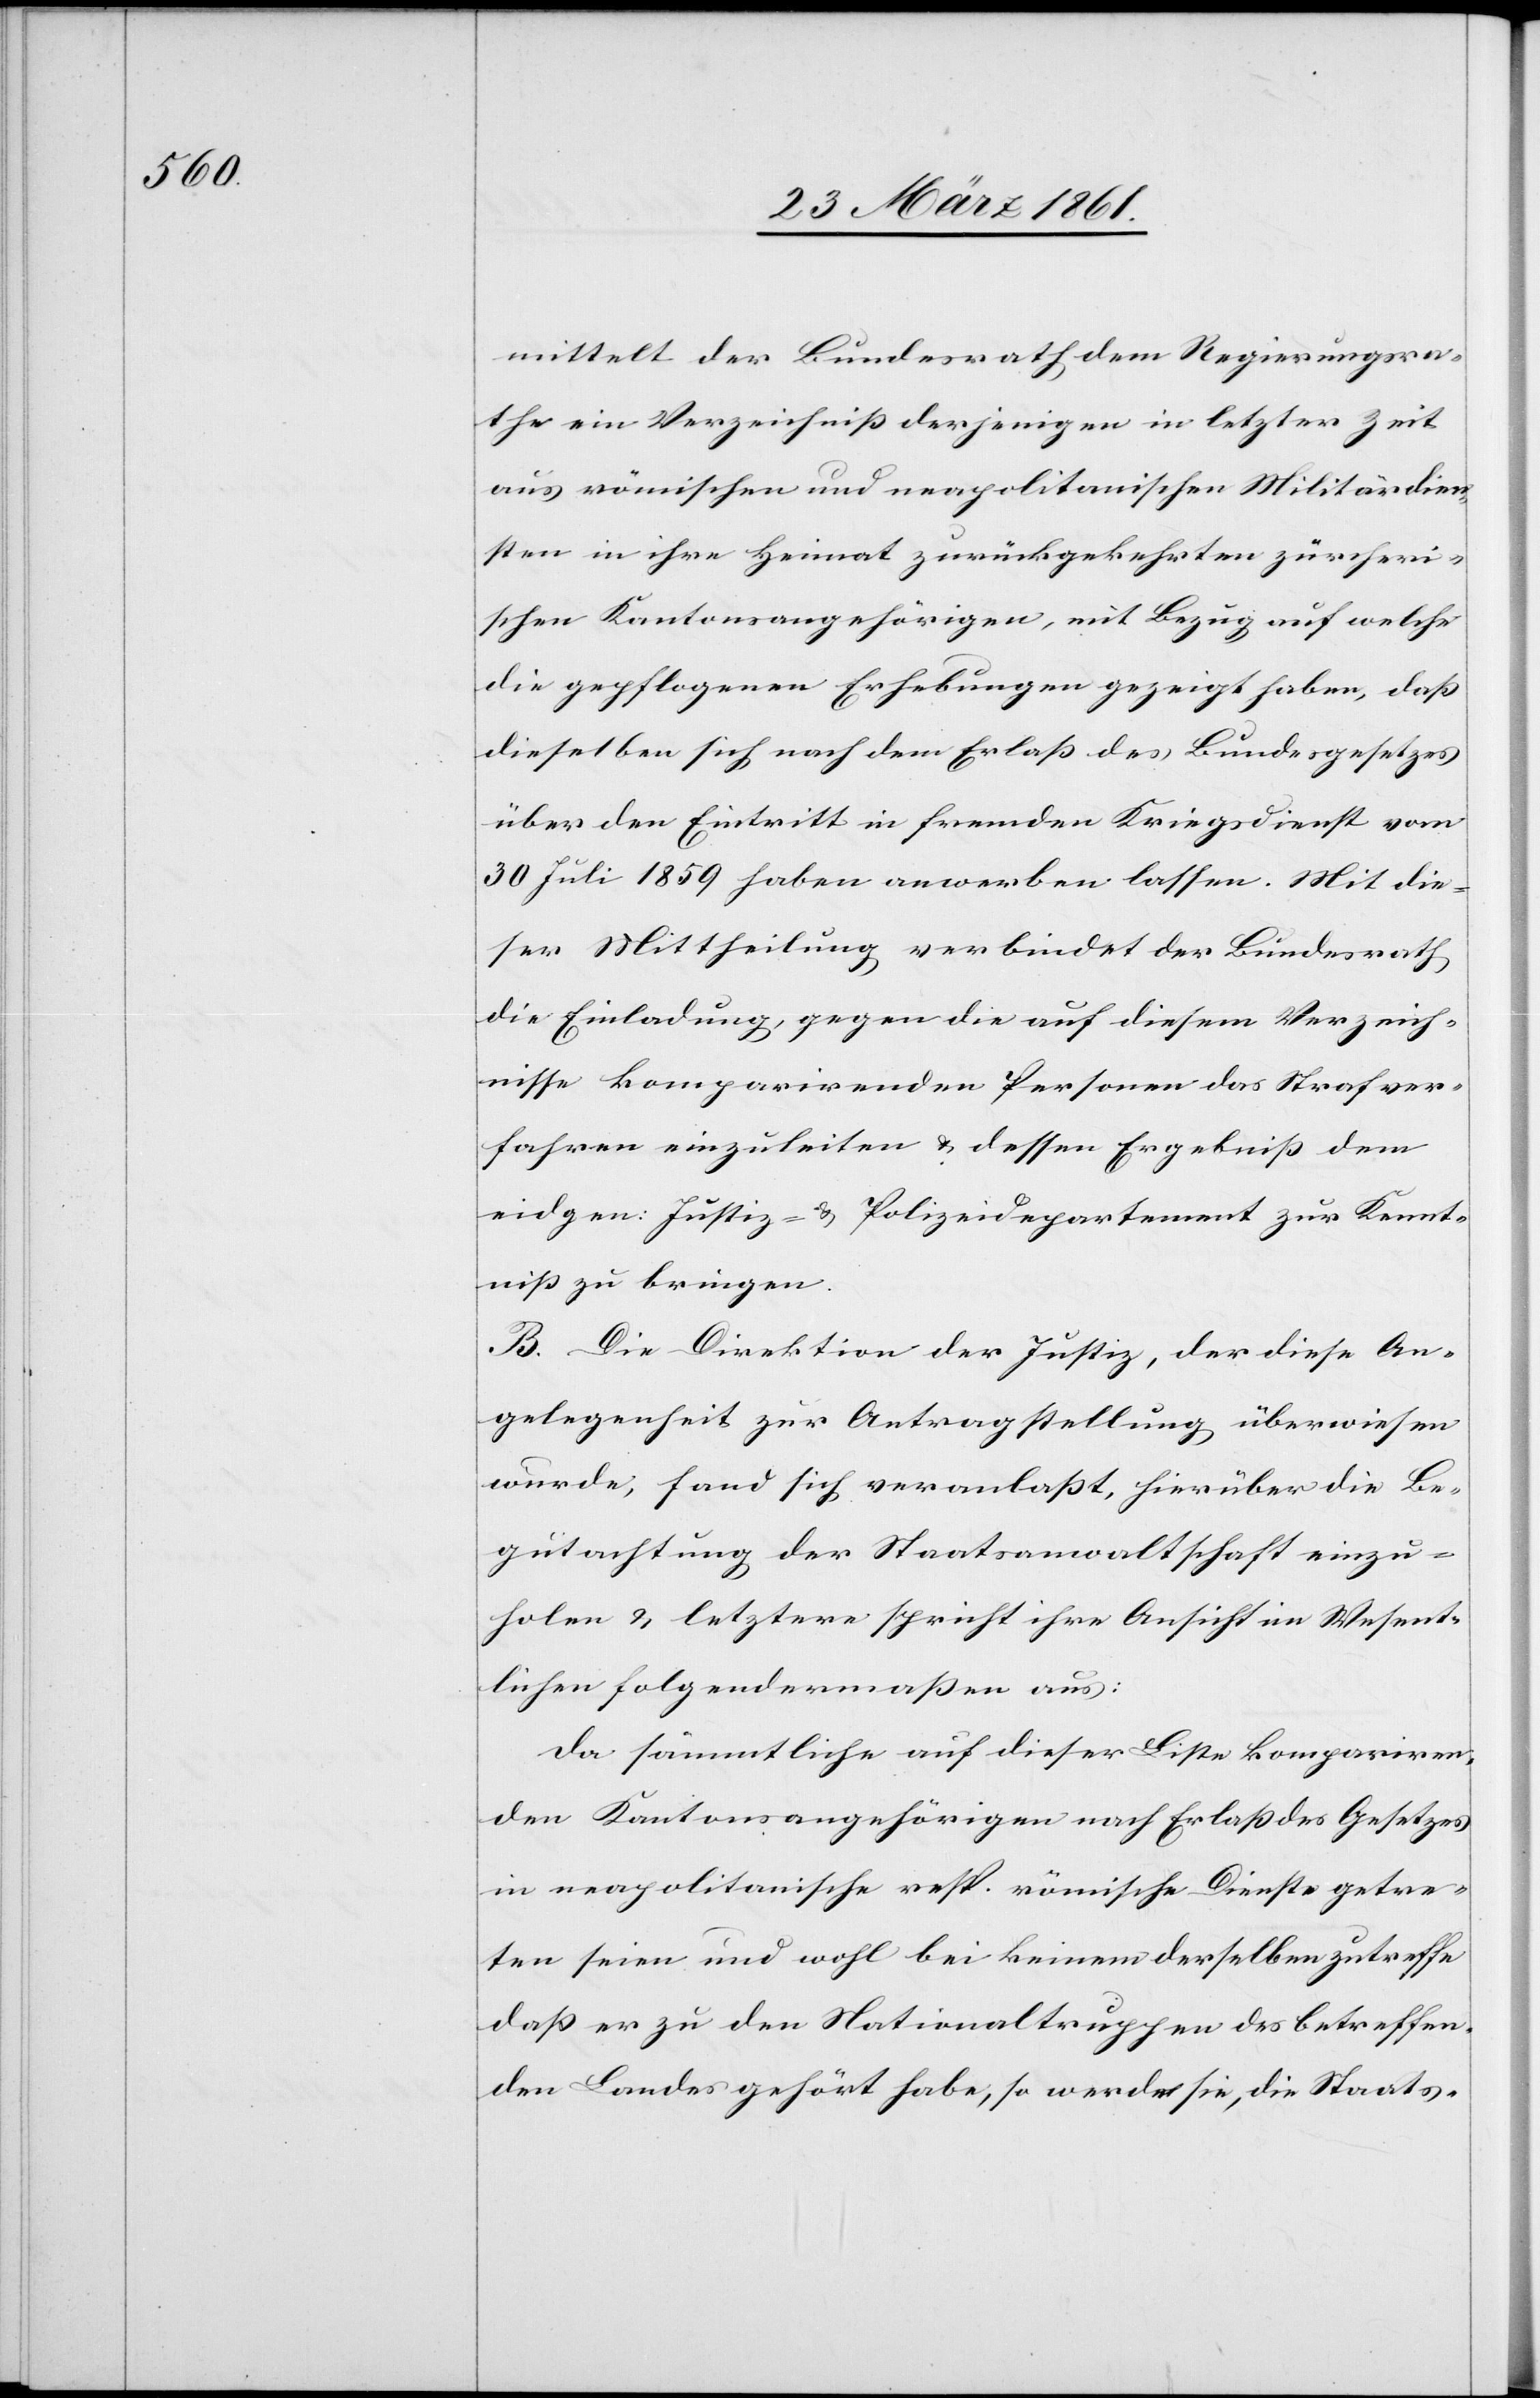
mittelt der Bundesrath dem Regierungsra¬
the ein Verzeichniß derjenigen in letzter Zeit
aus römischen und neapolitanischen Militärdien¬
sten in ihre Heimat zurückgekehrten zürcheri¬
schen Kantonsangehörigen, mit Bezug auf welche
die gepflogenen Erhebungen gezeigt haben, daß
dieselben sich nach dem Erlaß des Bundesgesetzes
über den Eintritt in fremden Kriegsdienst vom
30. Juli 1859 haben anwerden lassen. Mit die¬
ser Mittheilung verbindet der Bundesrath
die Einladung, gegen die auf diesem Verzeich¬
nisse komparirenden Personen das Strafver¬
fahren einzuleiten u. dessen Ergebniß dem
eidgen. Justiz- u. Polizeidepartement zur Kennt¬
niß zu bringen.
B. Die Direktion der Justiz, der diese An¬
gelegenheit zur Antragstellung überwiesen
wurde, fand sich veranlaßt, hierüber die Be¬
gutachtung der Staatsanwaltschaft einzu¬
holen u. letztere spricht ihre Ansicht im Wesent¬
lichen folgendermaßen aus:
Da sämmtliche auf dieser Liste kompariren¬
den Kantonsangehörigen nach Erlaß des Gesetzes
in neapolitanische resp. römische Dienste getre¬
ten seien und wohl bei keinem derselben zutreffe
daß er zu den Nationaltruppen des betreffen¬
den Landes gehört habe, so werden sie, die Staats-